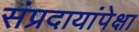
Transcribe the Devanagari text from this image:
संप्रदायांपेक्षा